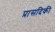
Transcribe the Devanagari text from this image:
प्रासदिकी